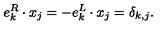
e _ { k } ^ { R } \cdot x _ { j } = - e _ { k } ^ { L } \cdot x _ { j } = \delta _ { k , j } .